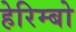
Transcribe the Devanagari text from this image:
हेरिम्बो